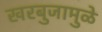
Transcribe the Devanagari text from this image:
खरबुजामुळे